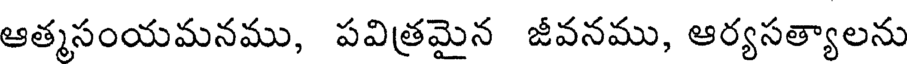
ఆత్మసంయమనము, పవిత్రమైన జీవనము, ఆర్యసత్యాలను